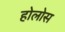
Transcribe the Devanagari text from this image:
होलोस